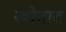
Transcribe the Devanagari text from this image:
स्त्रोतात